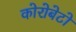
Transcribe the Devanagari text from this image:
कोरोबेटो